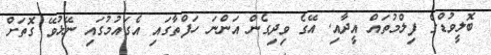
ބޮލީވުޑްގެ ފިލްމުތައް އީދާއި